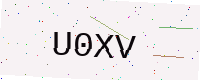
Text: U0XV